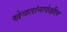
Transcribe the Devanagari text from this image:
खेळतांनादेखील